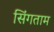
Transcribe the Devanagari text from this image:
सिंगताम